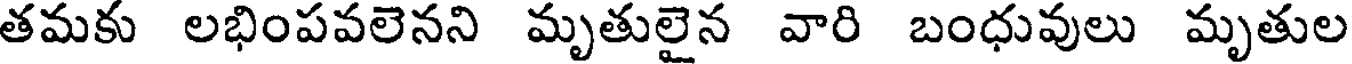
తమకు లభింపవలెనని మృతులైన వారి బంధువులు మృతుల